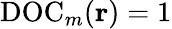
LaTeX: \mathrm{DOC}_{m}({\mathbf r})=1